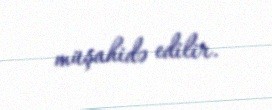
müşahidə edilir.